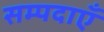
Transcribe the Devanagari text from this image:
सम्पदाएँ